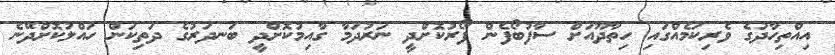
އިއްތިހާދުގެ ވެރިކަމެއްގައި ހިތާދޫއަށް ސާފުބޯފެން ފޯރުކޮށްދީ ނަރުދަމާ ގާއިމުކޮށްދީ ބަނދަރުގެ ދަތިކަން ހައްލުކޮށްދޭނެ